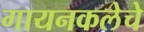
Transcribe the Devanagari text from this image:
गायनकलेचे